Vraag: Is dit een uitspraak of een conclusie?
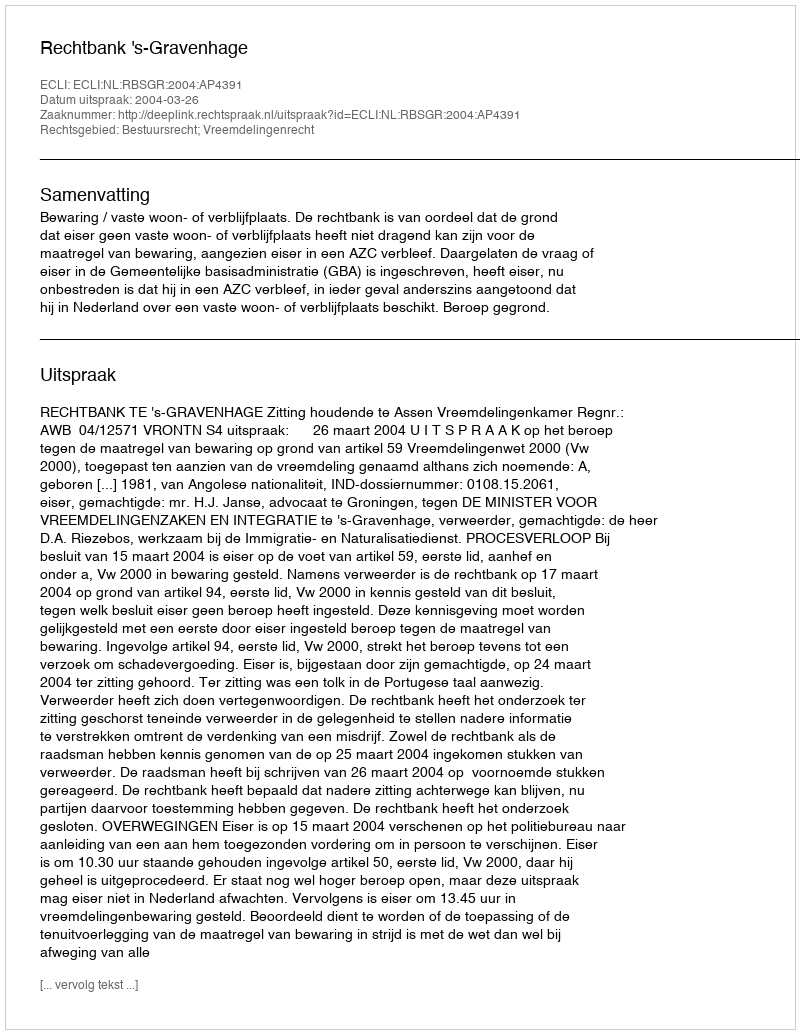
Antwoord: Uitspraak